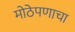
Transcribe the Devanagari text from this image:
मोठेपणाचा